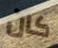
كان